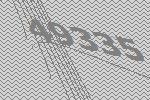
49335